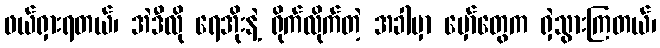
ဖယ်ရှားရတယ်၊ အဲဒီလို ရေအိုးနဲ့ ရိုက်လိုက်တဲ့ အခါမှာ မှော်တွေက ရှဲသွားကြတယ်၊